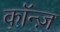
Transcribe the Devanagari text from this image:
कॉन्ज़